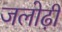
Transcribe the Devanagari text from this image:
जलोढ़ी